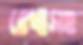
রেখাসহ